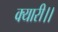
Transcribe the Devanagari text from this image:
क्यारी।।